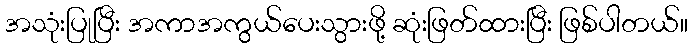
အသုံးပြုပြီး အကာအကွယ်ပေးသွားဖို့ ဆုံးဖြတ်ထားပြီး ဖြစ်ပါတယ်။